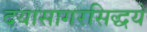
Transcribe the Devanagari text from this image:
दयासागरसिद्धये